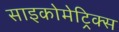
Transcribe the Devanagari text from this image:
साइकोमेट्रिक्स